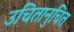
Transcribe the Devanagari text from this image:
उचितानुचित